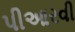
પીઆરવી